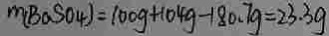
m ( B a S O _ { 4 } ) = 1 0 0 g + 1 0 4 g - 1 8 0 . 7 g = 2 3 . 3 g